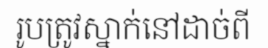
រូបត្រូវស្នាក់នៅដាច់ពី